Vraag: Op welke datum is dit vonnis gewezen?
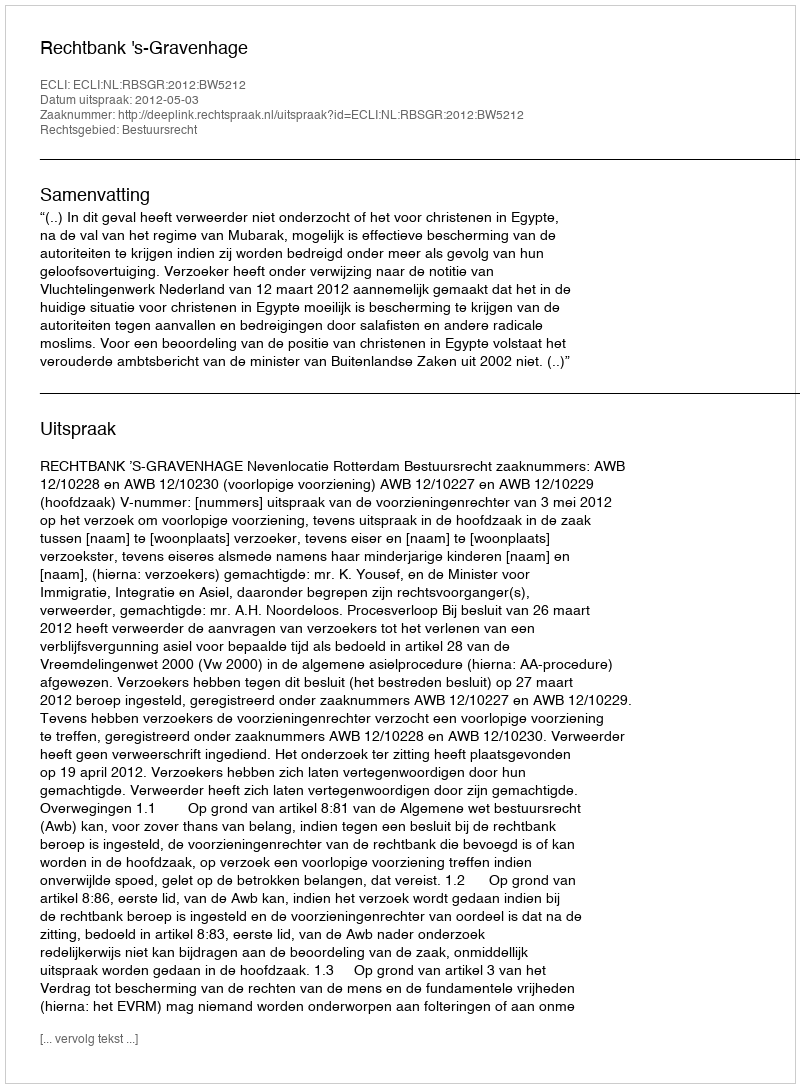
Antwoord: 2012-05-03